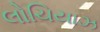
લોચિયાઝ